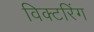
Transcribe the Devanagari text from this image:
विक्टरिंग